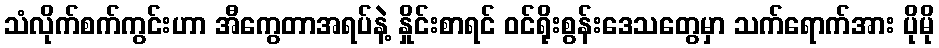
သံလိုက်စက်ကွင်းဟာ အီကွေတာအရပ်နဲ့ နှိုင်းစာရင် ဝင်ရိုးစွန်းဒေသတွေမှာ သက်ရောက်အား ပိုမို